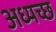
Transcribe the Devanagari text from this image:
अध्यच्छ